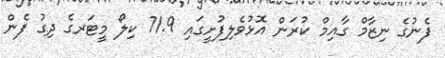
ފެނުގެ ނިޒާމް ގާއިމް ކުރަން އޮޅުވެލިފުށީގައި 71.9 ކިލޯ މީޓަރގެ ދިގު ފެން